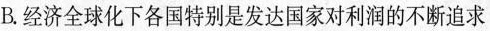
B.经济全球化下各国特别是发达国家对利润的不断追求